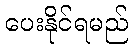
ပေးနိုင်ရမည်